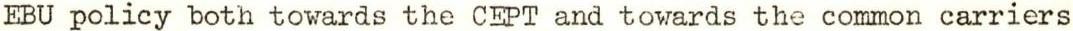
EBU policy both towards the CEPT and towards the common carriers